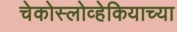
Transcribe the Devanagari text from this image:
चेकोस्लोव्हेकियाच्या